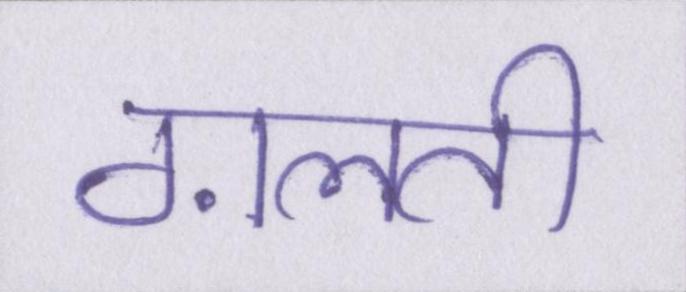
ग़लती